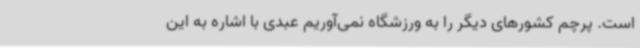
است. پرچم کشورهای دیگر را به ورزشگاه نمی‌آوریم عبدی با اشاره به این